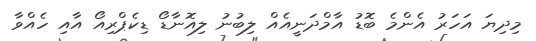
މިދިޔަ އަހަރު އެންމެ ބޮޑު އާމްދަނީއެއް ލިބުނު ލިއޮނާޑޯ ޑިކެޕްރިއޯ އާއި ހެއްވާ